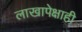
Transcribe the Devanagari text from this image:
लाखापेक्षाही